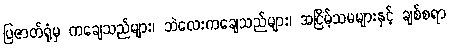
ပြဇာတ်ရုံမှ ကချေသည်များ၊ ဘဲလေးကချေသည်များ၊ အငြိမ့်သမများနှင့် ချစ်စရာ